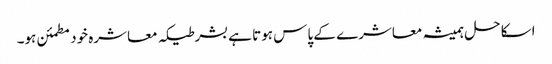
اسکا حل ہمیشہ معاشرے کے پاس ہوتا ہے بشرطیکہ معاشرہ خود مطمئن ہو۔